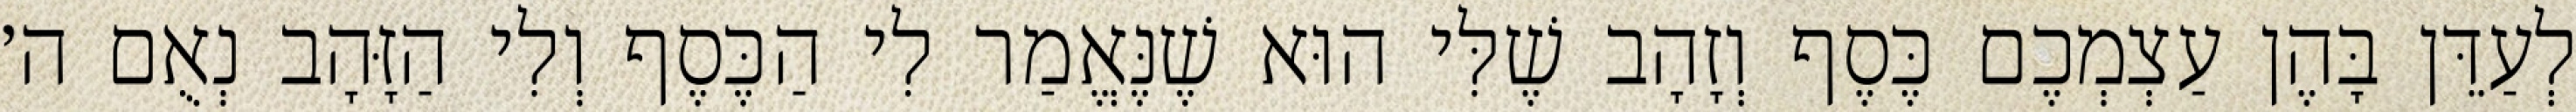
לְעַדֵּן בָּהֶן עַצְמְכֶם כֶּסֶף וְזָהָב שֶׁלִּי הוּא שֶׁנֶּאֱמַר לִי הַכֶּסֶף וְלִי הַזָּהָב נְאֻם ה׳